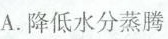
A.降低水分蒸腾